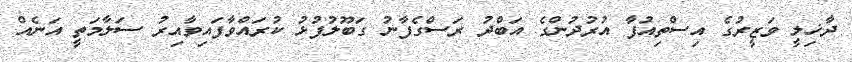
ދާޚިލީ ވަޒީރުގެ އިސްތިއުފާ އުރުދުންގެ އަބްދު ރަސްގެފާނު ގަބޫލުފުޅު ކުރައްވާފައިވާއިރު ސަލާމަތީ އަނެއް